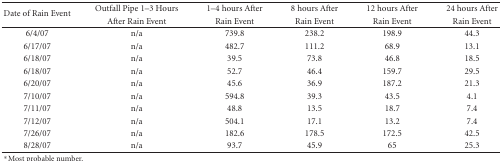
<table><thead><tr><td rowspan="2"><b>Date of Rain Event</b></td><td><b>Outfall Pipe 1–3 Hours</b></td><td><b>1–4 hours After</b></td><td><b>8 hours After</b></td><td><b>12 hours After</b></td><td><b>24 hours After</b></td></tr><tr><td><b>After Rain Event</b></td><td><b>Rain Event</b></td><td><b>Rain Event</b></td><td><b>Rain Event</b></td><td><b>Rain Event</b></td></tr></thead><tbody><tr><td>6/4/07</td><td>n/a</td><td>739.8</td><td>238.2</td><td>198.9</td><td>44.3</td></tr><tr><td>6/17/07</td><td>n/a</td><td>482.7</td><td>111.2</td><td>68.9</td><td>13.1</td></tr><tr><td>6/18/07</td><td>n/a</td><td>39.5</td><td>73.8</td><td>46.8</td><td>18.5</td></tr><tr><td>6/18/07</td><td>n/a</td><td>52.7</td><td>46.4</td><td>159.7</td><td>29.5</td></tr><tr><td>6/20/07</td><td>n/a</td><td>45.6</td><td>36.9</td><td>187.2</td><td>21.3</td></tr><tr><td>7/10/07</td><td>n/a</td><td>594.8</td><td>39.3</td><td>43.5</td><td>4.1</td></tr><tr><td>7/11/07</td><td>n/a</td><td>48.8</td><td>13.5</td><td>18.7</td><td>7.4</td></tr><tr><td>7/12/07</td><td>n/a</td><td>504.1</td><td>17.1</td><td>13.2</td><td>7.4</td></tr><tr><td>7/26/07</td><td>n/a</td><td>182.6</td><td>178.5</td><td>172.5</td><td>42.5</td></tr><tr><td>8/28/07</td><td>n/a</td><td>93.7</td><td>45.9</td><td>65</td><td>25.3</td></tr></tbody></table>